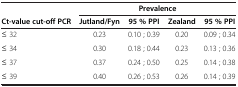
|  | <COLSPAN=4> Prevalence |
 | Ct-value cut-off PCR | Jutland/Fyn | 95 % PPI | Zealand | 95 % PPI |
 | --- | --- | --- | --- | --- |
 | ≤ 32 | 0.23 | 0.10 ; 0.39 | 0.20 | 0.09 ; 0.34 |
 | ≤ 34 | 0.30 | 0.18 ; 0.44 | 0.23 | 0.13 ; 0.36 |
 | ≤ 37 | 0.37 | 0.24 ; 0.50 | 0.25 | 0.14 ; 0.38 |
 | ≤ 39 | 0.40 | 0.26 ; 0.53 | 0.26 | 0.14 ; 0.39 |